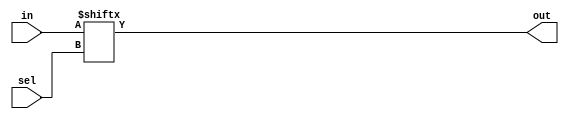
//https://hdlbits.01xz.net/wiki/Mux256to1

module top_module( 
    input [255:0] in,
    input [7:0] sel,
    output out );
    
	 assign out = in[sel];
endmodule